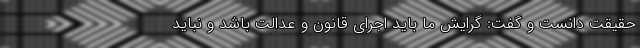
حقیقت دانست و گفت: گرایش ما باید اجرای قانون و عدالت باشد و نباید